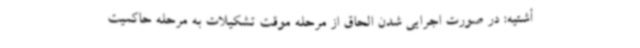
أشتیه: در صورت اجرایی شدن الحاق از مرحله موقت تشکیلات به مرحله حاکمیت